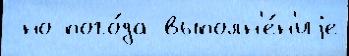
 но пого́да выполн'е́н'иjе